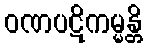
ဝဏပဋိကမ္မန္တိ